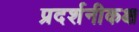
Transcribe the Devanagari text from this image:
प्रदर्शनीकक्ष